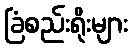
ခြံစည်းရိုးများ